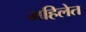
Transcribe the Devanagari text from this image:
महिलेत